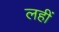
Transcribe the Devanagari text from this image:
लहीं